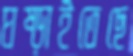
ঘষ্‌ড়াইতেছে